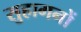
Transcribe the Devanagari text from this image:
सुहागनों